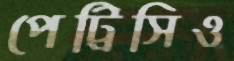
পেট্রিসিও